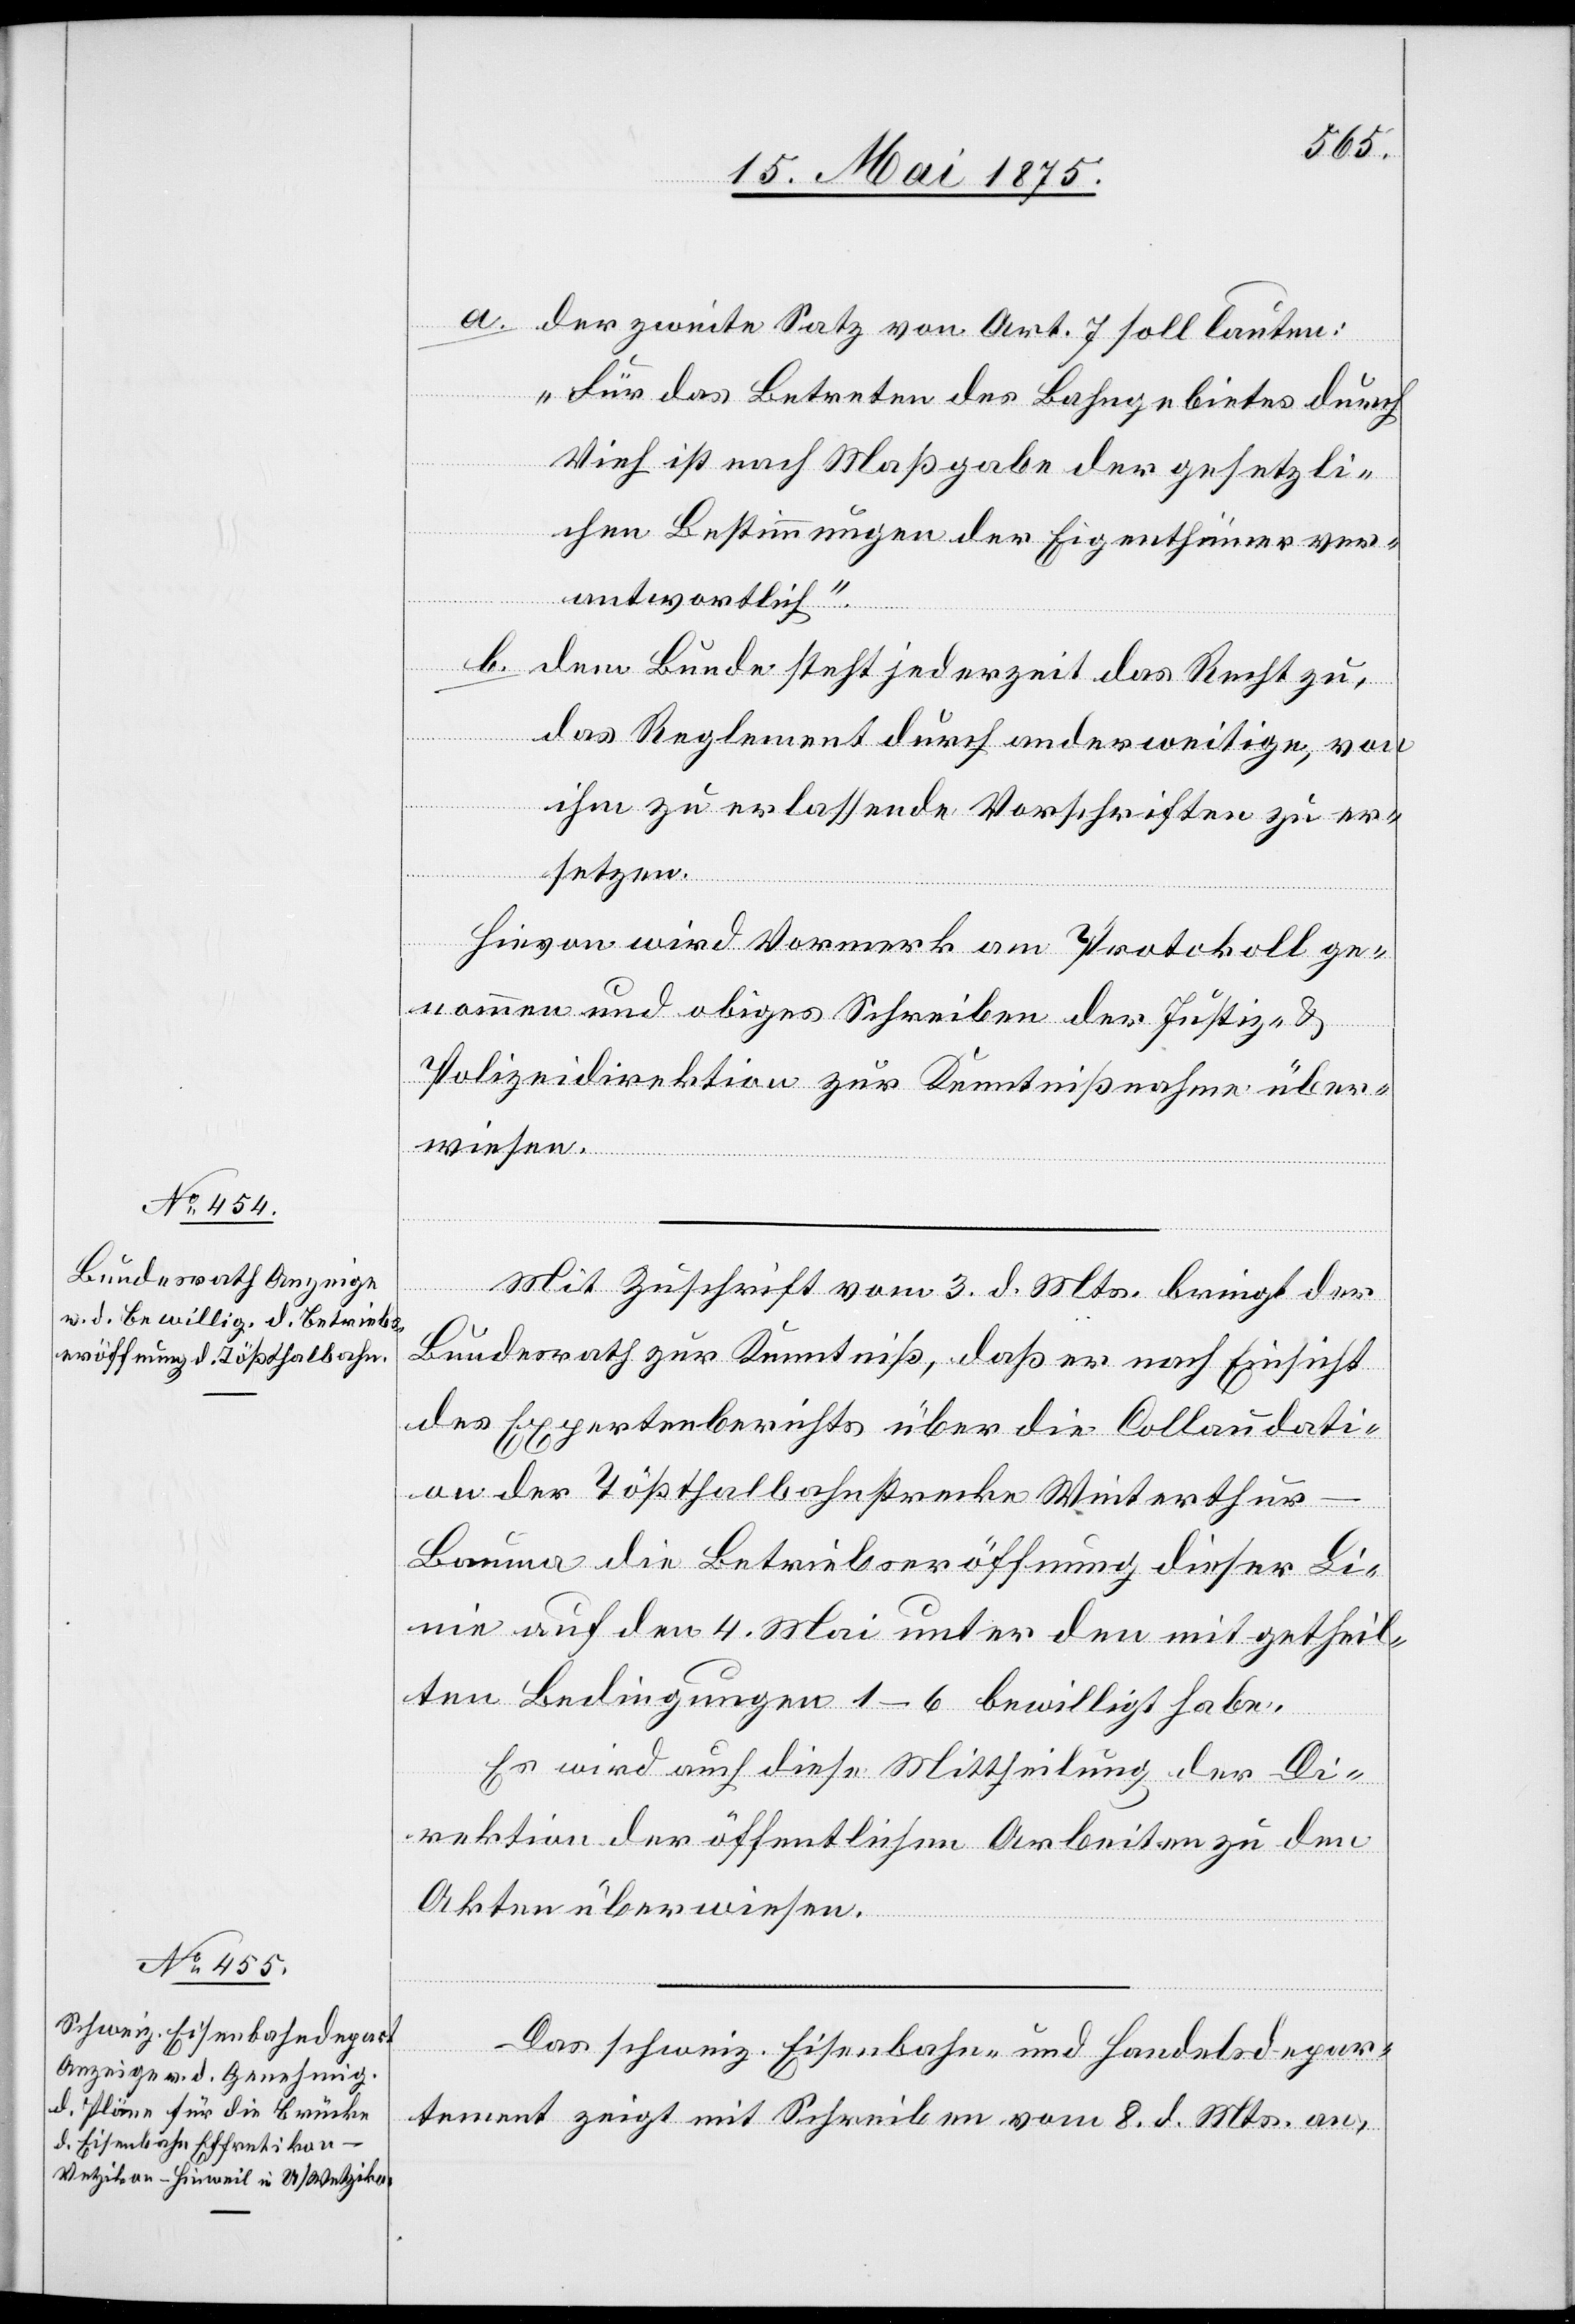
a. der zweite Satz von Art. 7 soll lauten:
u¬
Winterth¬
„Für das Betreten des Bahngebietes durch
Vieh ist nach Maßgabe der gesetzli¬
chen Bestimmungen der Eigenthümer ver¬
antwortlich.“
b. dem Bunde steht jederzeit das Recht zu,
das Reglement durch anderweitige, von
ihm zu erlassende Vorschriften zu er¬
setzen.
Hievon wird Vormerk am Protokoll ge¬
nommen und obiges Schreiben der Justiz- &
Polizeidirektion zur Kenntnißnahme über¬
wiesen.
Mit Zuschrift vom 3. d. Mts. bringt der
Bundesrath zur Kenntniß, daß er nach Einsicht
des Expertenberichtes über die Collaudati¬
r–Bauma die Betriebseröffnung dieser Li¬
nie auf den 4. Mai unter den mitgetheil¬
ten Bedingungen 1–6 bewilligt habe.
Es wird auch diese Mittheilung der Di¬
rektion der öffentlichen Arbeiten zu den
Akten überwiesen.
Das schweiz. Eisenbahn- und Handelsdepar¬
tement zeigt mit Schreiben vom 8. d. Mts. an,